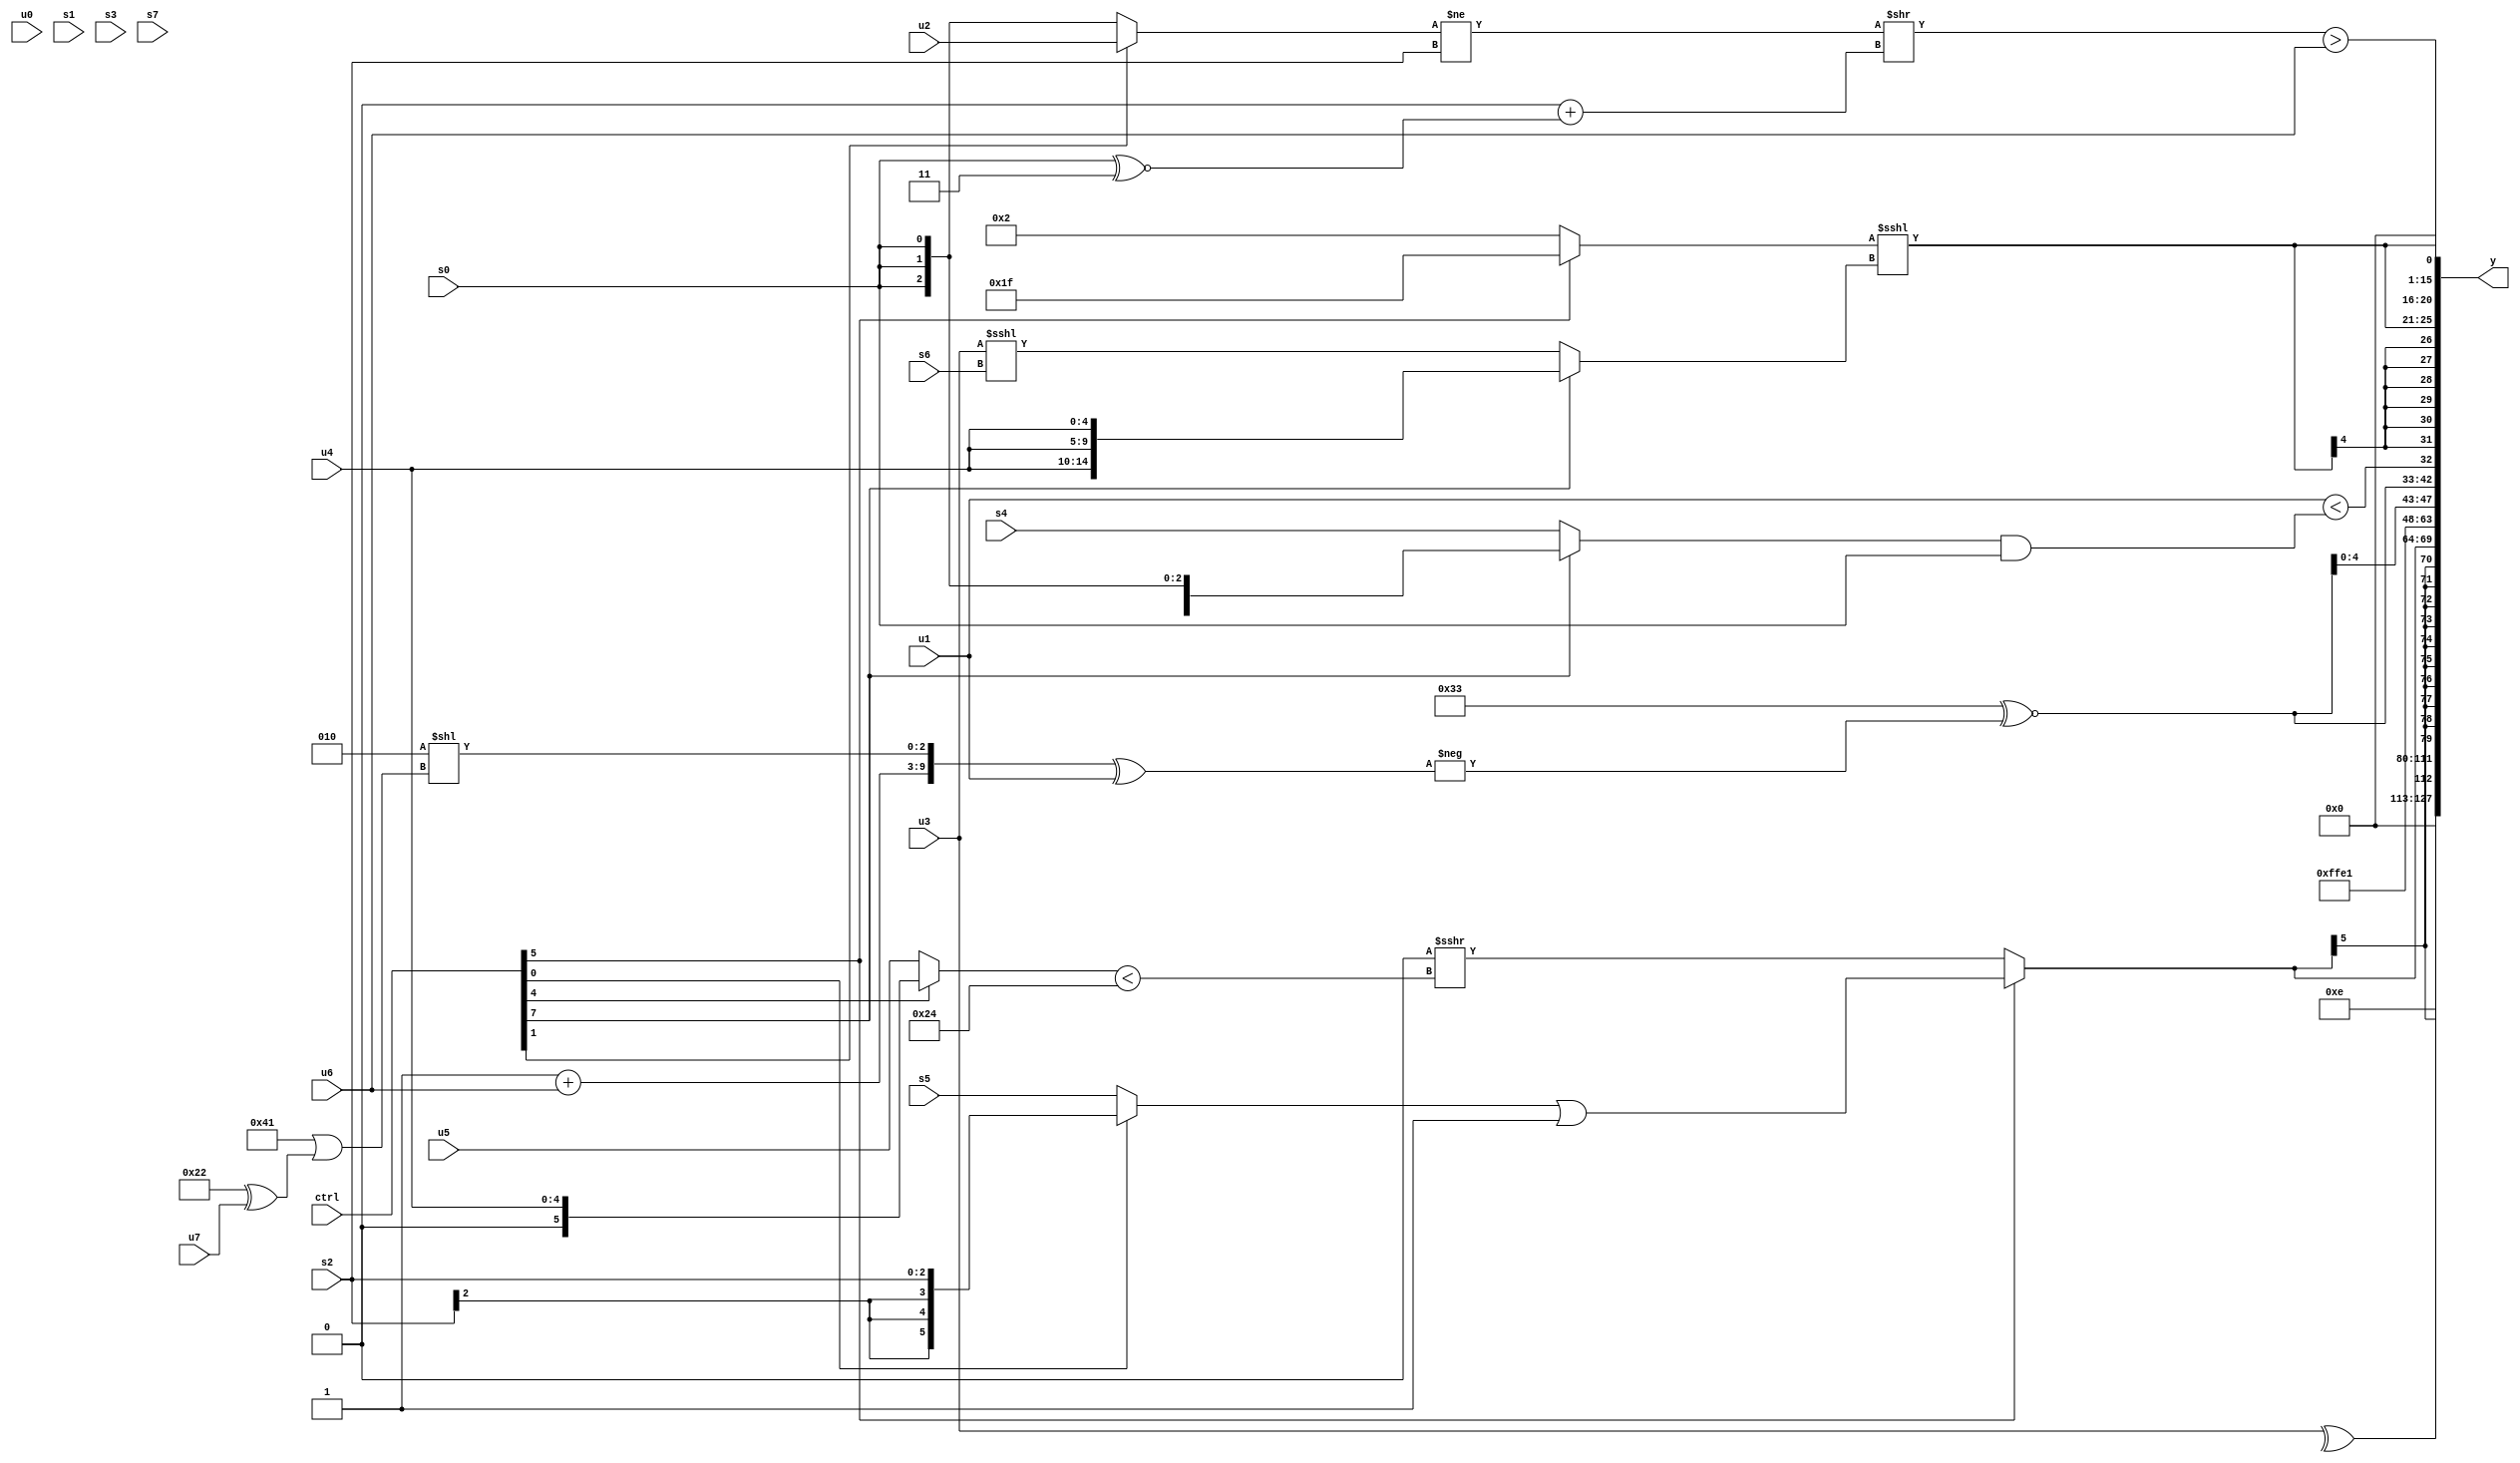
module wideexpr_00138(ctrl, u0, u1, u2, u3, u4, u5, u6, u7, s0, s1, s2, s3, s4, s5, s6, s7, y);
  input [7:0] ctrl;
  input [0:0] u0;
  input [1:0] u1;
  input [2:0] u2;
  input [3:0] u3;
  input [4:0] u4;
  input [5:0] u5;
  input [6:0] u6;
  input [7:0] u7;
  input signed [0:0] s0;
  input signed [1:0] s1;
  input signed [2:0] s2;
  input signed [3:0] s3;
  input signed [4:0] s4;
  input signed [5:0] s5;
  input signed [6:0] s6;
  input signed [7:0] s7;
  output [127:0] y;
  wire [15:0] y0;
  wire [15:0] y1;
  wire [15:0] y2;
  wire [15:0] y3;
  wire [15:0] y4;
  wire [15:0] y5;
  wire [15:0] y6;
  wire [15:0] y7;
  assign y = {y0,y1,y2,y3,y4,y5,y6,y7};
  assign y0 = ^(u3);
  assign y1 = ({1{$signed(3'b001)}})>>(6'sb010100);
  assign y2 = $signed(6'b001110);
  assign y3 = $signed((ctrl[5]?((ctrl[0]?+((ctrl[1]?s2:s2)):s5))|(4'sb1111):(($signed($signed(1'sb0)))>>>(((ctrl[4]?u4:u5))<(6'b100100)))<<(1'sb0)));
  assign y4 = 6'sb100001;
  assign y5 = {{2{(6'sb110011)^~(-(({$signed((^(5'b01000))+({1{u6}})),(3'sb010)<<(((3'b100)+(6'b111101))|((6'sb100010)^(u7)))})^(u1)))}},($unsigned(u1))<({1{{($signed(((ctrl[7]?(s0)>>>(4'sb1001):s4))>>((3'sb111)>>((5'b01110)>>(3'sb010)))))&(s0)}}})};
  assign y6 = $signed({2{(+((ctrl[5]?1'sb1:5'sb00010)))<<<((ctrl[7]?{3{u4}}:(u3)<<<(s6)))}});
  assign y7 = ((((ctrl[1]?$signed(u2):s0))!=(s2))>>(({3{{3{1'sb0}}}})+(($unsigned(s0))^~(4'b0011))))>(u6);
endmodule